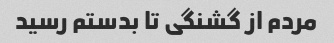
مردم از گشنگی تا بدستم رسید